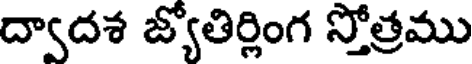
ద్వాదశ జ్యోతిర్లింగ స్తోత్రము